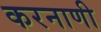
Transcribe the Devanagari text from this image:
करनाणी